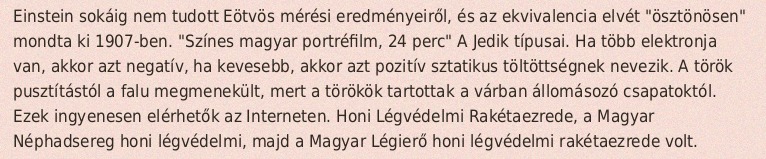
Einstein sokáig nem tudott Eötvös mérési eredményeiről, és az ekvivalencia elvét "ösztönösen" mondta ki 1907-ben. "Színes magyar portréfilm, 24 perc" A Jedik típusai. Ha több elektronja van, akkor azt negatív, ha kevesebb, akkor azt pozitív sztatikus töltöttségnek nevezik. A török pusztítástól a falu megmenekült, mert a törökök tartottak a várban állomásozó csapatoktól. Ezek ingyenesen elérhetők az Interneten. Honi Légvédelmi Rakétaezrede, a Magyar Néphadsereg honi légvédelmi, majd a Magyar Légierő honi légvédelmi rakétaezrede volt.